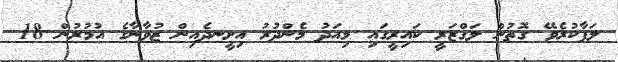
ލަފާކުރެވޭ ގޮތުން ލަގްޒަރީ ކައިރީގައި މިއަދު މެންދުރު އިށީނދެއިން ޒުވާނާގެ އުމުރުން 18